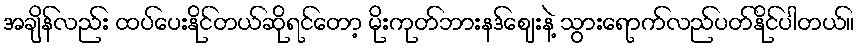
အချိန်လည်း ထပ်ပေးနိုင်တယ်ဆိုရင်တော့ မိုးကုတ်ဘားနဒ်ဈေးနဲ့ သွားရောက်လည်ပတ်နိုင်ပါတယ်။